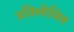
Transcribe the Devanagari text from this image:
प्रतिलोमित